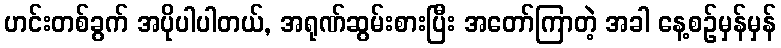
ဟင်းတစ်ခွက် အပိုပါပါတယ်, အရုဏ်ဆွမ်းစားပြီး အတော်ကြာတဲ့ အခါ နေ့စဉ်မှန်မှန်